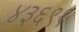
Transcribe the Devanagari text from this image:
४३६९१